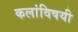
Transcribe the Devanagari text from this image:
कलांविषयी